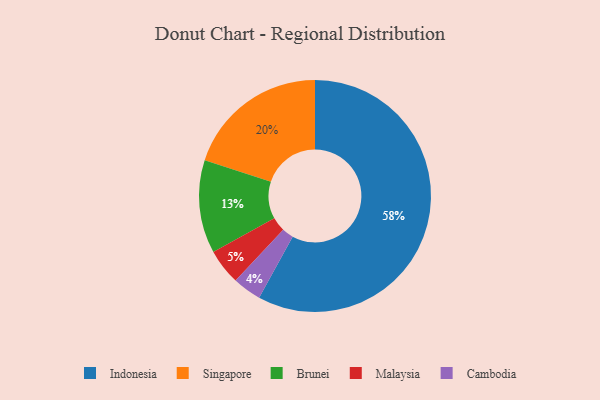
{"axis": {"x": "Category", "y": "Percentage"}, "legend": ["Brunei", "Cambodia", "Indonesia", "Malaysia", "Singapore"], "data": [{"x": "Indonesia", "y": 58, "type": "Indonesia"}, {"x": "Singapore", "y": 20, "type": "Singapore"}, {"x": "Brunei", "y": 13, "type": "Brunei"}, {"x": "Cambodia", "y": 4, "type": "Cambodia"}, {"x": "Malaysia", "y": 5, "type": "Malaysia"}]}